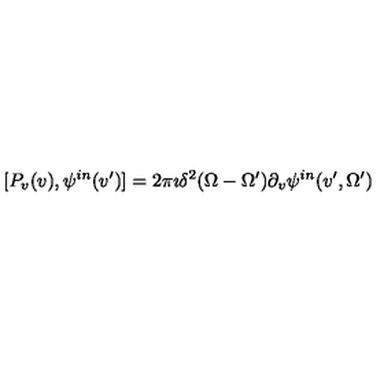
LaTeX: [ P _ { v } ( v ) , \psi ^ { i n } ( v ^ { \prime } ) ] = 2 \pi \imath \delta ^ { 2 } { ( \Omega - \Omega ^ { \prime } ) } \partial _ { v } \psi ^ { i n } ( v ^ { \prime } , \Omega ^ { \prime } )